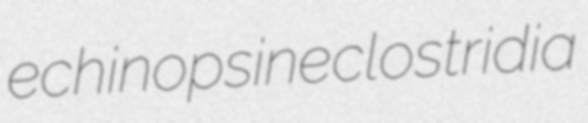
echinopsine clostridia